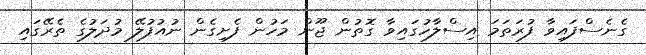
ގެނެސްފައިވާ ފުރަތަމަ އިސްލާހުގައިވާ ގޮތުން ޖޫން މަހުން ފެށިގެން ނުއުފުލޭ މުދަލުގެ ތެރޭގައި